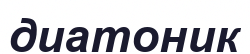
диатоник